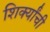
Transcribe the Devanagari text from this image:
शिर्क्यांची